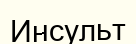
Инсульт